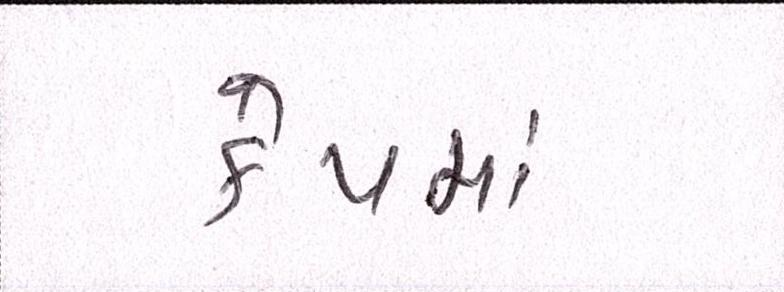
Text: કેપમાં